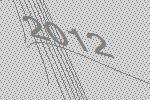
2012